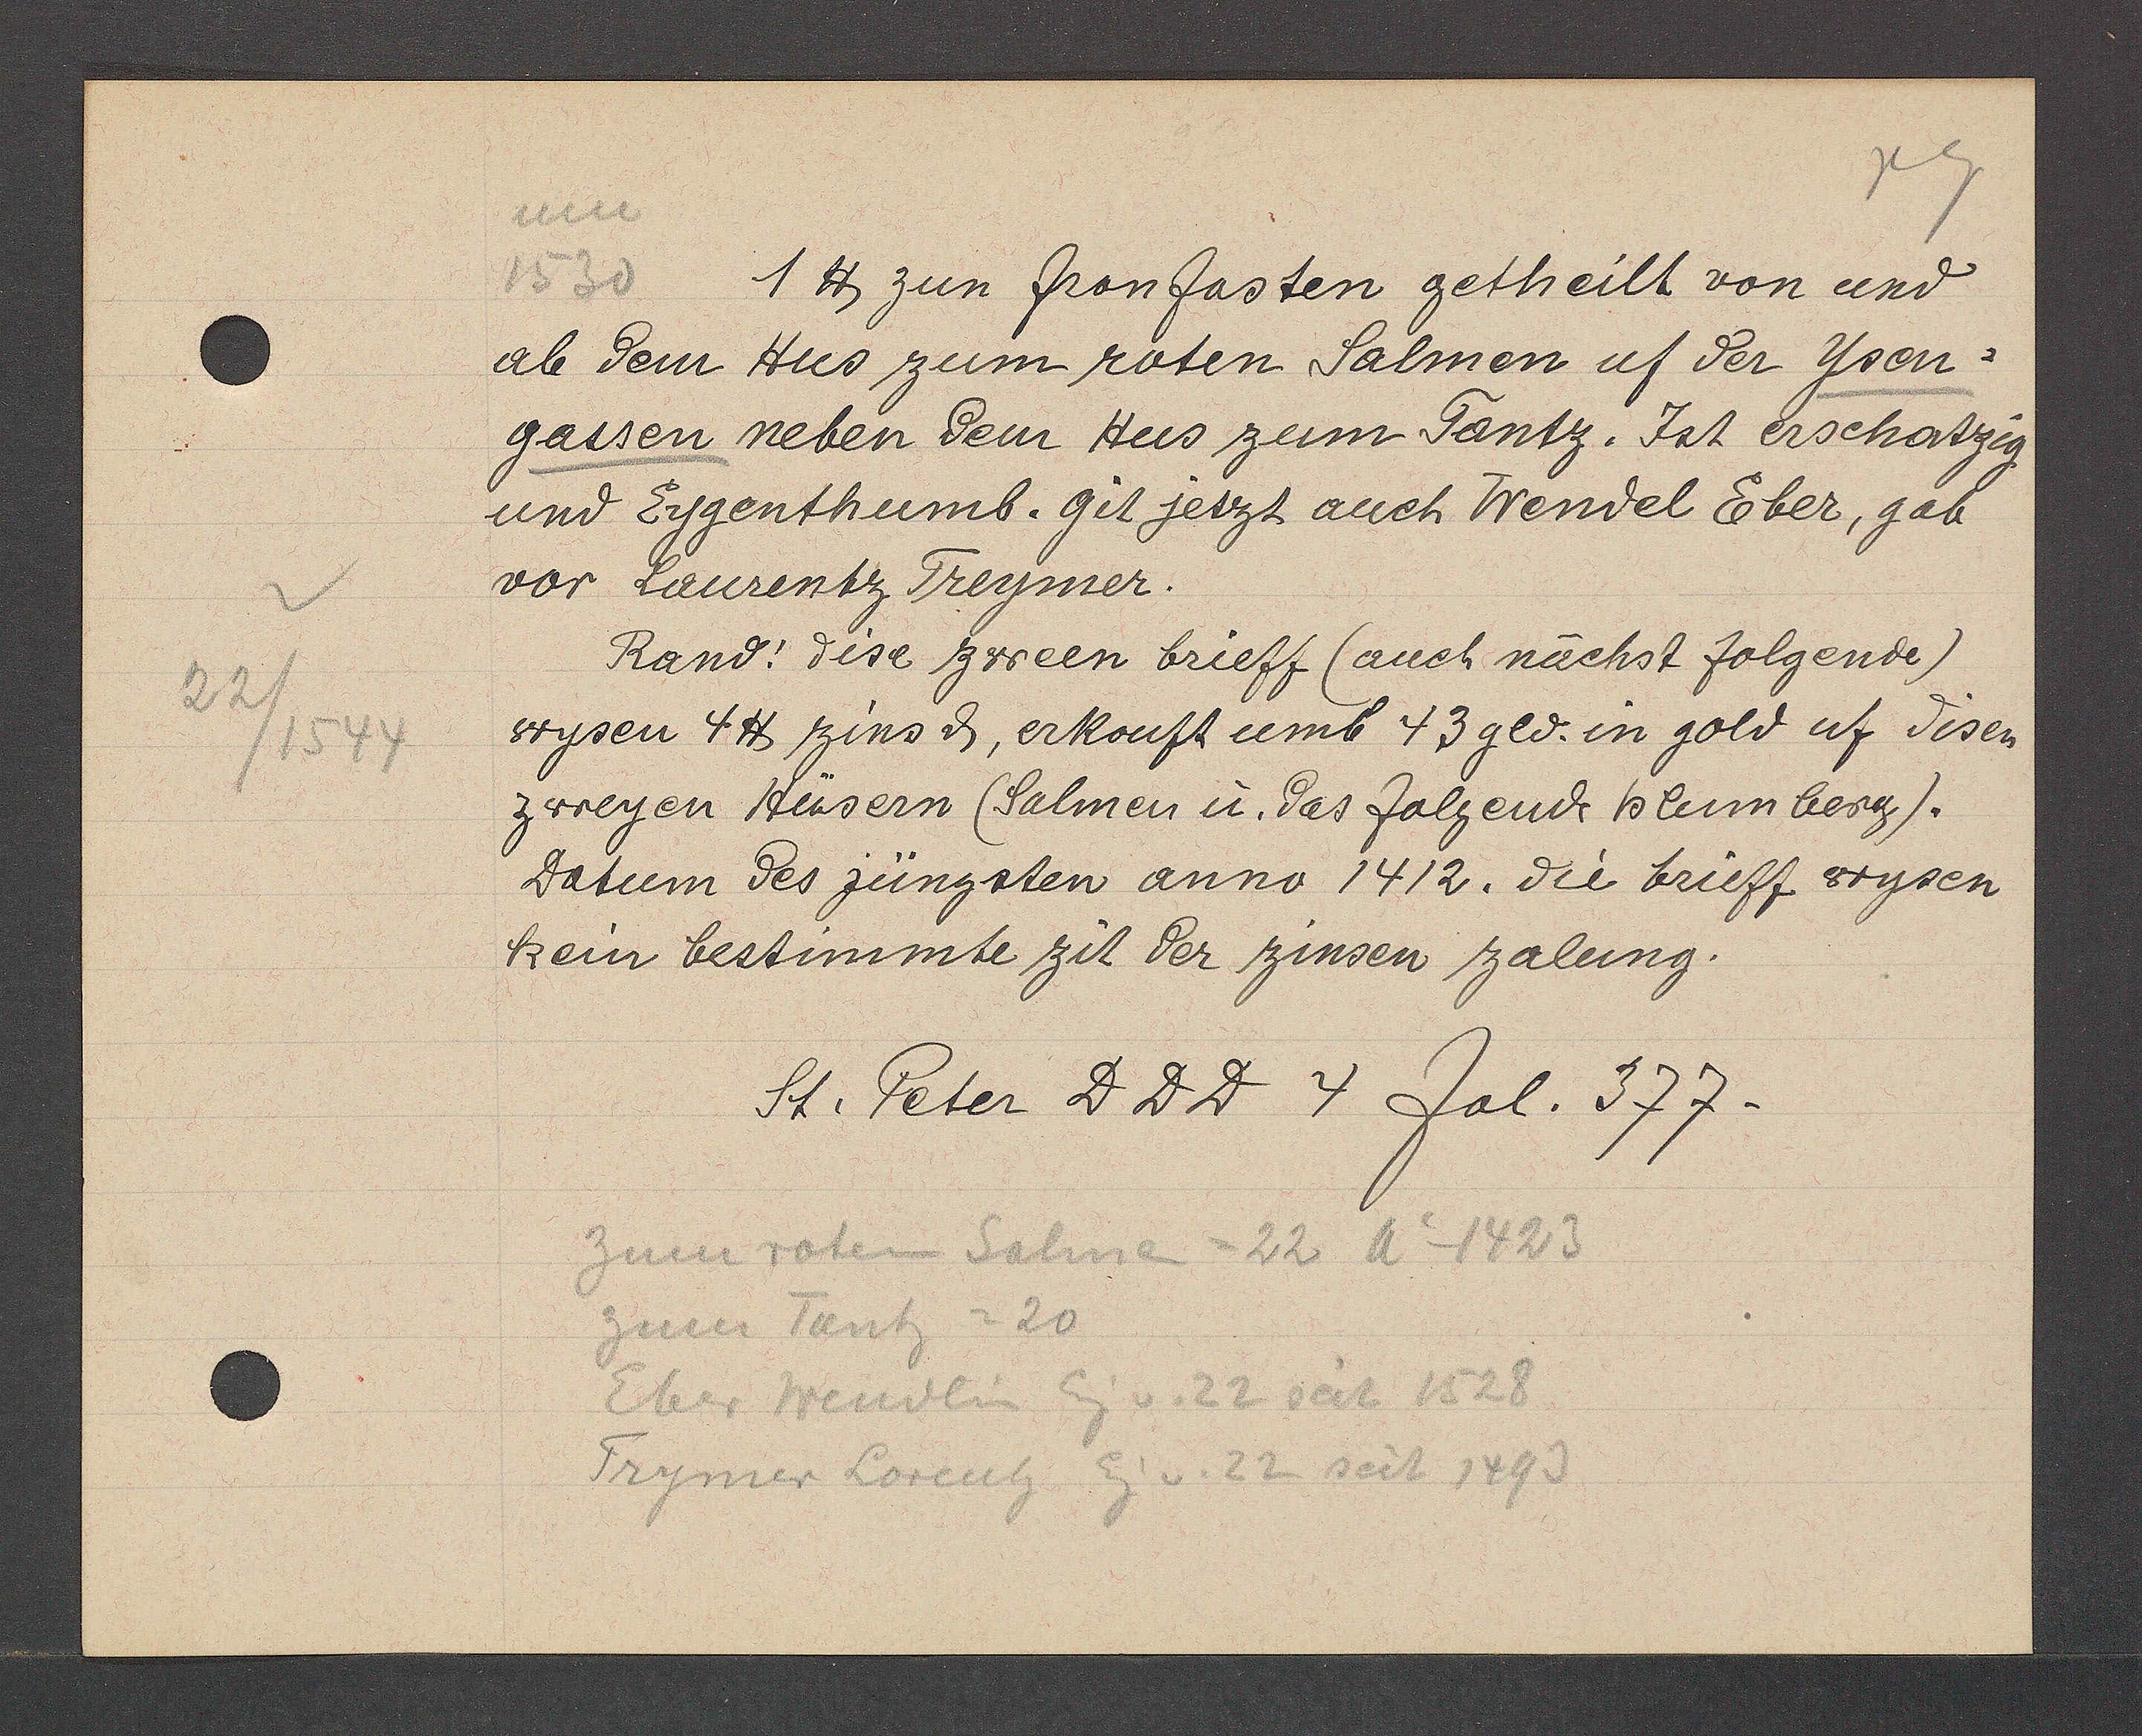
Transcript:
22/1544

ano
1530 1 ℔ zun fronfasten getheilt von und
ab dem Hus zum roten Salmen uf der Ysen-
gassen neben dem Hus zum Tantz. Jst erschatzig
und Eygenthumb. Git jetzt auch Wendel Eber, gab
vor Laurentz Treymer.
Rand: dise zween brieff (auch nächst folgende)
wysen 4 ℔ zins d, erkouft umb 73 gld. in gold uf disen
zweyen Hüsern (Salmen u. das folgende blumberg).
Datum des jüngsten anno 1412. die Brieff wysen
kein bestimmte zit der zinsen zalung.
St. Peter D D D 4 fol. 377.
zum roten Salmen =22 Ao 1423
zum Tantz = 20
Eber Wendlin Eg v. 22 seit 1528
Trymer Lorentz Eg v. 22 seit 1493